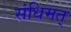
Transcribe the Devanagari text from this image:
संधिमत्